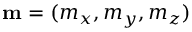
\mathbf { m } = ( m _ { x } , m _ { y } , m _ { z } )